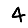
Digit: 4